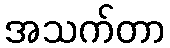
အသက်တာ